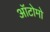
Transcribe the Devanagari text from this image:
ऑटोमो